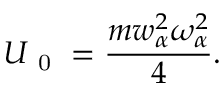
U _ { \mathrm { ~ 0 ~ } } = \frac { m w _ { \alpha } ^ { 2 } \omega _ { \alpha } ^ { 2 } } { 4 } .